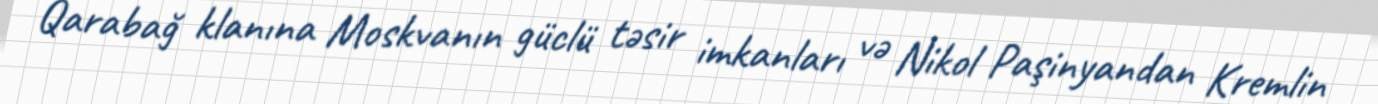
Qarabağ klanına Moskvanın güclü təsir imkanları və Nikol Paşinyandan Kremlin